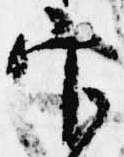
官